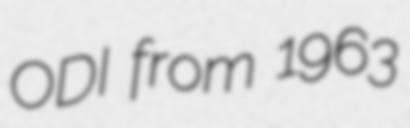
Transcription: ODI from 1963